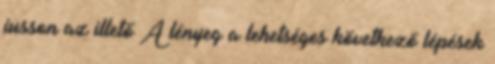
jusson az illető A lényeg a lehetséges következő lépések